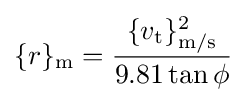
\{r\}_{\mathrm {m} }={\frac {\{v_{\mathrm {t} }\}_{\mathrm {\mathrm {m/s} } }^{2}}{9.81\tan \phi }}